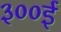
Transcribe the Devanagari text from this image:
३००ई